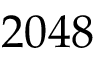
2 0 4 8